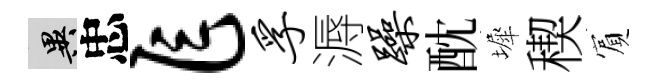
异忠乍孚溽躁酖墀稧賔